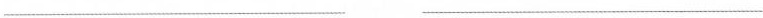
___ ___